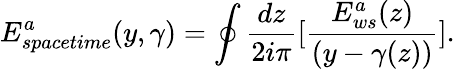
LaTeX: E_{spacetime}^{a}(y,\gamma)=\oint{\frac{dz}{2i\pi}}\lbrack{\frac{E_{ws}^{a}(z)}{(y-\gamma(z))}}\rbrack.